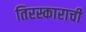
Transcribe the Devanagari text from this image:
तिरस्काराची